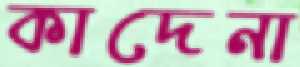
কাদেনা